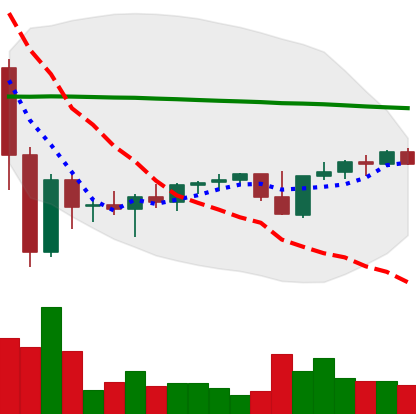
Ticker: XMR-USD
Chart end date: 2022-11-27
Forward return: 6.638%
Label: up_5_7